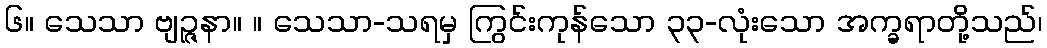
၆။ သေသာ ဗျဉ္ဇနာ။ ။ သေသာ-သရမှ ကြွင်းကုန်သော ၃၃-လုံးသော အက္ခရာတို့သည်၊